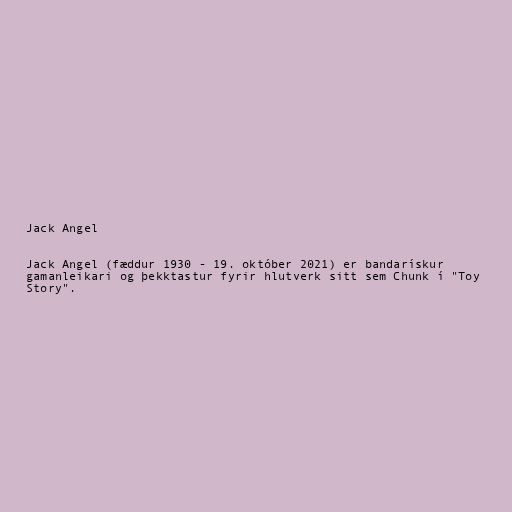
Jack Angel

Jack Angel (fæddur 1930 - 19. október 2021) er bandarískur
gamanleikari og þekktastur fyrir hlutverk sitt sem Chunk í "Toy
Story".